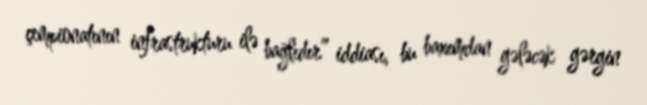
çempionatının infrastrukturu ilə bağlıdır” iddiası, bu baxımdan gələcək gərgin